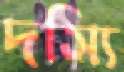
দস্যি